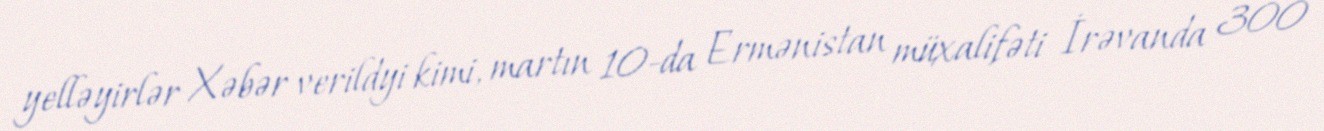
yelləyirlər Xəbər verildyi kimi, martın 10-da Ermənistan müxalifəti İrəvanda 300